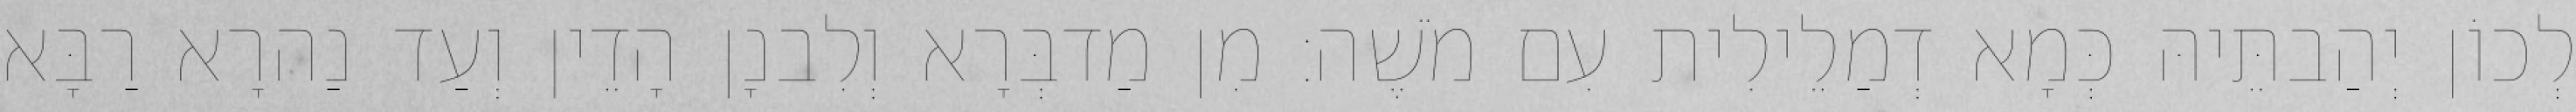
לְכוֹן יְהַבתֵּיהּ כְּמָא דְמַלֵילִית עִם מֹשֶׁה׃ מִן מַדבְּרָא וְלִבנָן הָדֵין וְעַד נַהרָא רַבָּא